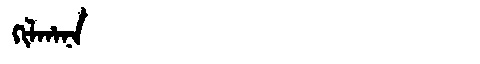
Manchu: ᡴᡳᠯᡥᠠᠨᠠ
Romanization: KILHANA